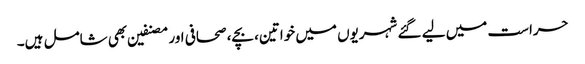
حراست میں لیے گئے شہریوں میں خواتین، بچے، صحافی اور مصنفین بھی شامل ہیں۔